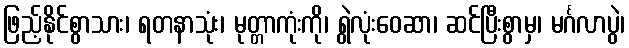
ဖြည့်နိုင်စွာသား၊ ရတနာသုံး၊ မုတ္တာကုံးကို၊ ရွဲလုံးဝေဆာ၊ ဆင်ပြီးစွာမှ၊ မင်္ဂလာပွဲ၊